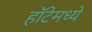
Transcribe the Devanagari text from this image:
हॉटेमध्ये